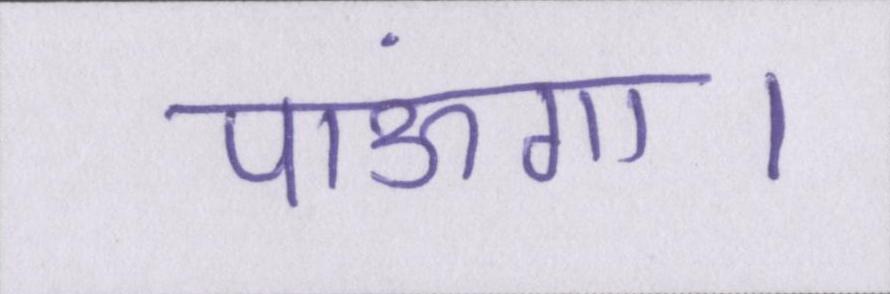
पाऊंगा।